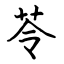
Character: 苓